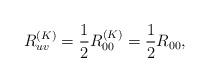
LaTeX: \begin{align*}R^{(K)}_{uv}=\frac{1}{2}R^{(K)}_{00}=\frac{1}{2}R_{00}, \end{align*}